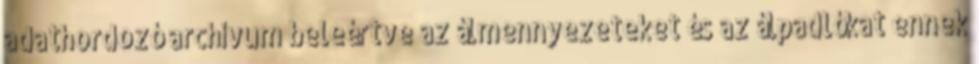
adathordozó archívum beleértve az álmennyezeteket és az álpadlókat ennek